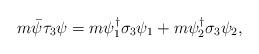
LaTeX: \begin{align*}m\bar{\psi}\tau_3 \psi=m\psi_{1}^{\dagger}\sigma_3 \psi_{1} +m\psi_{2}^{\dagger}\sigma_3 \psi_{2},\end{align*}